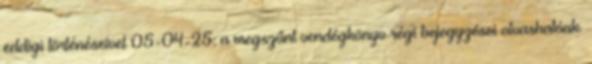
eddigi történéseivel 05-04-25: a megszűnt vendégkönyv régi bejegyzései olvashatóak.